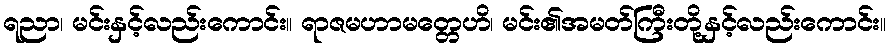
ရညာ၊ မင်းနှင့်လည်းကောင်း။ ရာဇမဟာမတ္တေဟိ၊ မင်း၏အမတ်ကြီးတို့နှင့်လည်းကောင်း။